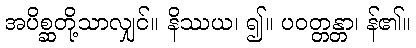
အပိစ္ဆတို့သာလျှင်။ နိဿယ၊ ၍။ ပဝတ္တန္တာ၊ န်၏။